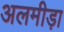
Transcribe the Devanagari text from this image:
अलमीड़ा